Lunatic asylums United Prov. 1922-30 - 1922-1930
Year: 1922
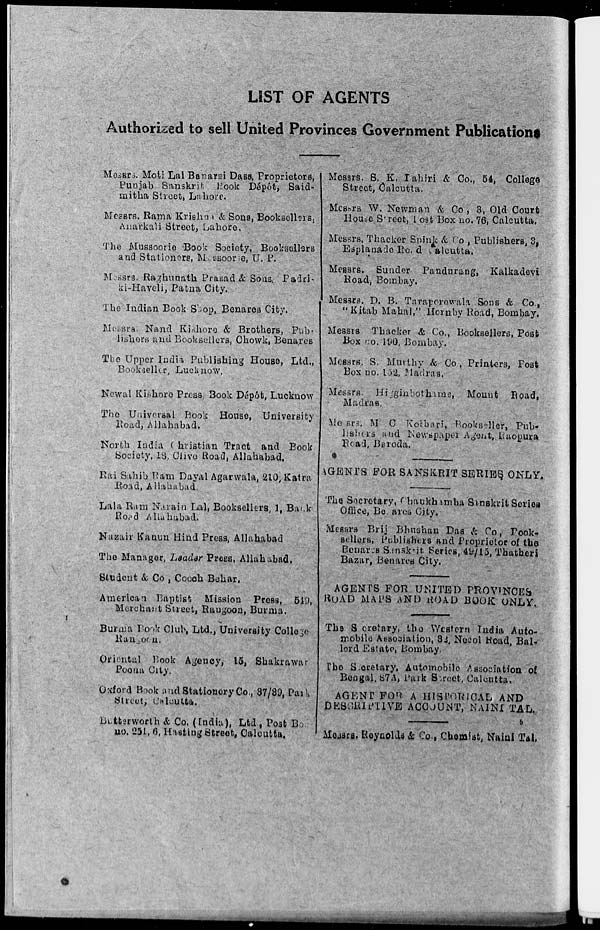
LIST OF AGENTS
Authorised to sell United Provinces Government Publications
Messrs. Moti Lal Banarsi Dass, Proprietors,
Punjab Sanskrit Book Dépôt, Said-
mitha Street, Lahore.
Messrs. Rama Krishna & Song, Booksellers.
Anarkali Street, Lahore.
The Mussoorie Book Society, Booksellers
and Stationers, Masoorie, U. P.
Messrs. Raghunath Prasad &. Sons, Padri -
ki-Haveli, Patna City.
The Indian Book Shop, Benares City.
Messrs. Nand Kishore & Brothers, Pub-
lishers and Booksellers. Chowk, Benares
The Upper India Publishing House, Ltd.,
Bookseller, Lucknow.
Newal Kishore Press, Book Dépôt, Lucknow
The Universal Book House, University
Road, Allahabad.
North India Christian Tract and Book
Society, 18, Clive Road, Allahabad.
Rai Sahib Ram Dayal Agarwala, 210, Katra
Road, Allahabad.
Lala Ram Narain Lal, Booksellers, 1, Back
Road Allahabad.
Nazair Kanun Hind Press, Allahabad
The Manager, Leader Press, Allahabad.
Student & Co. , Cooch Behar.
American Baptist Mission Press, 549,
Merchant Street, Rangoon, Burma.
Burma Book Club, Ltd., University College
Rangon.
Oriental Book Agency, 15, Shakrawar
Poona City.
Oxford Book and Stationery Co., 37/39, Park
Street, Calcutta.
Butterworth & Co. (India), Ltd, Post Bo.
no. 251, 6, Hasting Street, Calcutta.
Messrs. S. K, Tahiri & Co., 54, College
Street, Calcutta.
Messrs W. Newman & Co, 3, Old Court
House Street, Post Box no. 76, Calcutta.
Messrs. Thacker Spink & Co. , Publishers, 3,
Esplanade Road Calcutta.
Messrs. Sunder Pandurang, Kalkadevi
Road, Bombay.
Messrs. D. B. Taraporevala Sons & Co.,
"Kitab Mahal," Hornby Road, Bombay.
Messrs Thacker & Co., Booksellers, Post
Box co. 190, Bombay.
Messrs. S. Murthy & Co., Printers, Post
Box no. 182, Madras.
Messrs. Higginbotham, Mount Road,
Madras.
Messrs- M. C. Kolhari, bookseller, Pub-
lishes and Newspaper Agent, Raopura
Road, Baroda.
AGENTS FOR SANSKRIT SERIES ONLY.
The Secretary, Chaukhamba Sanskrit Series
Office, Be ares City.
Messrs Brij Bhushan Das & Co., Book-
sellers, Publishers and Proprietor of the
Benares Sanskrit Series, 49/15, Thatheri
Bazar, Benares City.
AGENTS FOR UNITED PROVINCES
ROAD MAPS AND ROAD BOOK ONLY.
The Secretary, the Western India Auto-
mobile Association, 32, Necol Road, Bal-
lord Estate, Bombay.
The Secretary, Automobile Association of
Bengal, 87A, Park Street, Calcutta,
AGENT FOB A HISTORICAL AND
DESCRIPTIVE ACCOUNT, NAINITAL.
Messrs. Reynolds & Co., Chemist, Naini Tal,